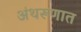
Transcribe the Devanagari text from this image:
अंथरूणात